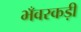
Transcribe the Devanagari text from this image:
भँवरकड़ी